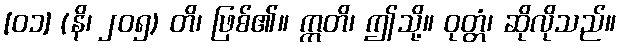
[၀၁] (နိ၊ ၂၀၅) တိ၊ ဖြစ်၏။ ဣတိ၊ ဤသို့။ ဝုတ္တံ၊ ဆိုလိုသည်။